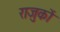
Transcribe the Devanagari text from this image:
राजुकों